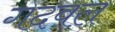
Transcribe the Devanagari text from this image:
गदवल